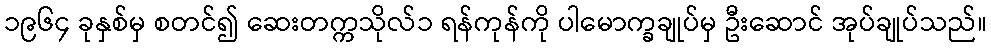
၁၉၆၄ ခုနှစ်မှ စတင်၍ ဆေးတက္ကသိုလ်၁ ရန်ကုန်ကို ပါမောက္ခချုပ်မှ ဦးဆောင် အုပ်ချုပ်သည်။